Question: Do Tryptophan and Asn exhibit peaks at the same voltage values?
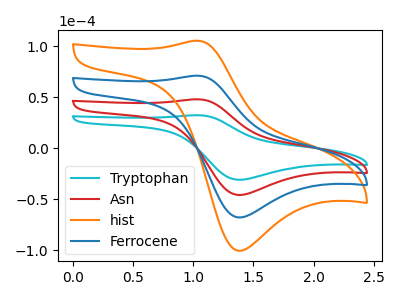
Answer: <think>The cyan curve "Tryptophan" has an anodic peak at (1.05V, 32.45uA) and a cathodic peak at (1.40V, -30.90uA). The red curve "Asn" has an anodic peak at (1.05V, 48.05uA) and a cathodic peak at (1.40V, -45.80uA). The orange curve "hist" has an anodic peak at (1.05V, 144.20uA) and a cathodic peak at (1.40V, -137.45uA). The blue curve "Ferrocene" has an anodic peak at (1.05V, 96.15uA) and a cathodic peak at (1.40V, -91.60uA).</think>
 <answer>Yes, "Tryptophan" have a peak in "Asn" at the same potential.</answer>
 <eval>match</eval>